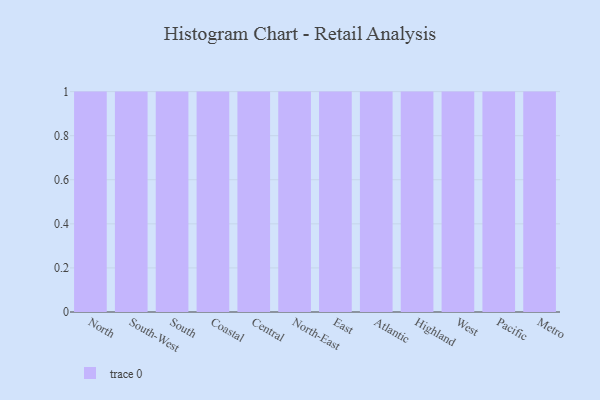
{"axis": {"x": "Region", "y": "Inventory Turnover"}, "legend": [""], "data": [{"x": "North", "y": 44, "type": ""}, {"x": "South-West", "y": 19, "type": ""}, {"x": "South", "y": 57, "type": ""}, {"x": "Coastal", "y": 36, "type": ""}, {"x": "Central", "y": 64, "type": ""}, {"x": "North-East", "y": 79, "type": ""}, {"x": "East", "y": 61, "type": ""}, {"x": "Atlantic", "y": 88, "type": ""}, {"x": "Highland", "y": 55, "type": ""}, {"x": "West", "y": 97, "type": ""}, {"x": "Pacific", "y": 89, "type": ""}, {"x": "Metro", "y": 75, "type": ""}]}